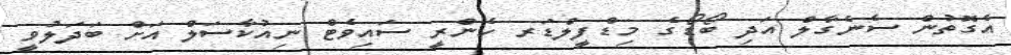
އެގޮތުން ސެނެގާލް އަދި ބޯޑޯގެ މިޑްފީލްޑަރ ހެންރީ ސައިވެޓް ނިއުކާސަލް އަށް ބަދަލުވީ